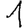
Digit: 1